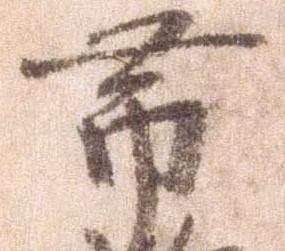
帯